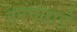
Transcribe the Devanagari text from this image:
उपचाराचे